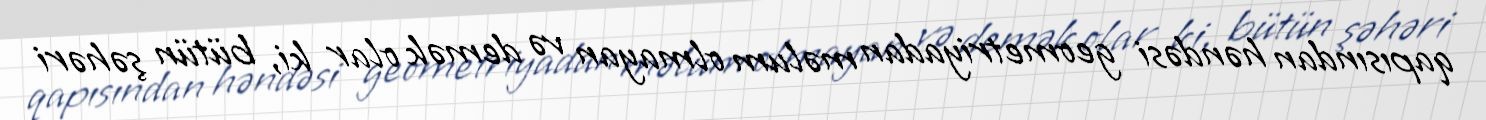
qapısından həndəsi geometriyadan məlum olmayan və demək olar ki, bütün şəhəri